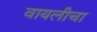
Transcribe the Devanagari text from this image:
वायलीचा